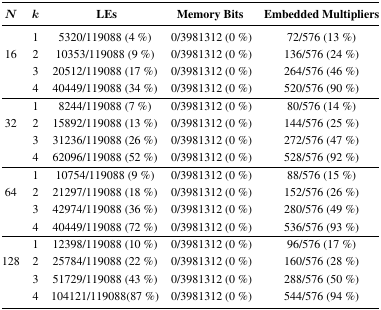
<table><thead><tr><td><b><i>N</i></b></td><td><b><i>k</i></b></td><td><b>LEs</b></td><td><b>Memory Bits</b></td><td><b>Embedded Multipliers</b></td></tr></thead><tbody><tr><td></td><td>1</td><td>5320/119088 (4 %)</td><td>0/3981312 (0 %)</td><td>72/576 (13 %)</td></tr><tr><td>16</td><td>2</td><td>10353/119088 (9 %)</td><td>0/3981312 (0 %)</td><td>136/576 (24 %)</td></tr><tr><td></td><td>3</td><td>20512/119088 (17 %)</td><td>0/3981312 (0 %)</td><td>264/576 (46 %)</td></tr><tr><td></td><td>4</td><td>40449/119088 (34 %)</td><td>0/3981312 (0 %)</td><td>520/576 (90 %)</td></tr><tr><td></td><td>1</td><td>8244/119088 (7 %)</td><td>0/3981312 (0 %)</td><td>80/576 (14 %)</td></tr><tr><td>32</td><td>2</td><td>15892/119088 (13 %)</td><td>0/3981312 (0 %)</td><td>144/576 (25 %)</td></tr><tr><td></td><td>3</td><td>31236/119088 (26 %)</td><td>0/3981312 (0 %)</td><td>272/576 (47 %)</td></tr><tr><td></td><td>4</td><td>62096/119088 (52 %)</td><td>0/3981312 (0 %)</td><td>528/576 (92 %)</td></tr><tr><td></td><td>1</td><td>10754/119088 (9 %)</td><td>0/3981312 (0 %)</td><td>88/576 (15 %)</td></tr><tr><td>64</td><td>2</td><td>21297/119088 (18 %)</td><td>0/3981312 (0 %)</td><td>152/576 (26 %)</td></tr><tr><td></td><td>3</td><td>42974/119088 (36 %)</td><td>0/3981312 (0 %)</td><td>280/576 (49 %)</td></tr><tr><td></td><td>4</td><td>40449/119088 (72 %)</td><td>0/3981312 (0 %)</td><td>536/576 (93 %)</td></tr><tr><td></td><td>1</td><td>12398/119088 (10 %)</td><td>0/3981312 (0 %)</td><td>96/576 (17 %)</td></tr><tr><td>128</td><td>2</td><td>25784/119088 (22 %)</td><td>0/3981312 (0 %)</td><td>160/576 (28 %)</td></tr><tr><td></td><td>3</td><td>51729/119088 (43 %)</td><td>0/3981312 (0 %)</td><td>288/576 (50 %)</td></tr><tr><td></td><td>4</td><td>104121/119088(87 %)</td><td>0/3981312 (0 %)</td><td>544/576 (94 %)</td></tr></tbody></table>